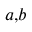
^ { a , b }